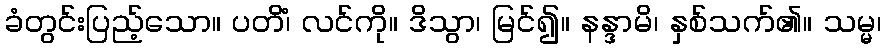
ခံတွင်းပြည့်သော။ ပတိံ၊ လင်ကို။ ဒိသွာ၊ မြင်၍။ နန္ဒာမိ၊ နှစ်သက်၏။ သမ္မ၊